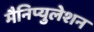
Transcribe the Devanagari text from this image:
मैनिप्युलेशन